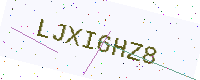
Text: LJXI6HZ8